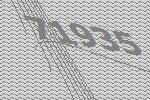
71935